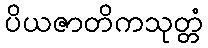
ပိယဇာတိကသုတ္တံ